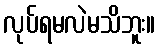
လုပ်ရမလဲမသိဘူး။